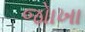
જોાખા